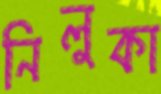
নিলুকা